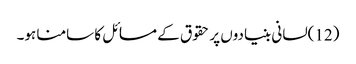
(12)لسانی بنیادوں پر حقوق کے مسائل کا سامنا ہو۔